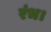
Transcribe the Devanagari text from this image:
रंभ।